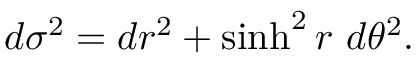
d \sigma ^ { 2 } = d r ^ { 2 } + \sinh ^ { 2 } r \ d \theta ^ { 2 } .